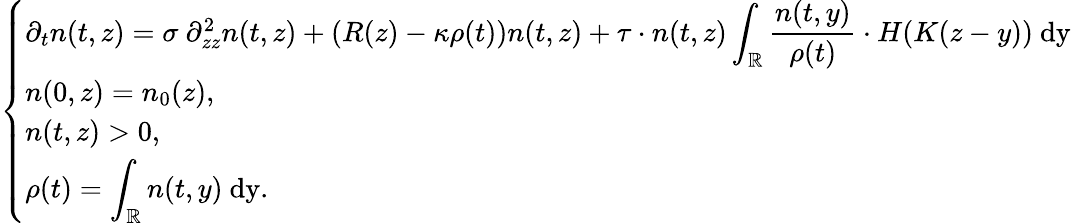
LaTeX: \left\{ \begin{array}{ll}{\partial_{t}n(t,z)=\sigma\ \partial_{zz}^{2}n(t,z)+\left(R(z)-\kappa\rho(t)\right)n(t,z)+\tau\cdot n(t,z)\displaystyle\int_{\mathbb{R}}\frac{n(t,y)}{\rho(t)}\cdot H(K(z-y))\ \mathrm{dy}}\\ {n(0,z)=n_{0}(z),}\\ {n(t,z)>0,}\\ {\rho(t)=\displaystyle\int_{\mathbb{R}}n(t,y)\ \mathrm{dy}.}\end{array}\right.